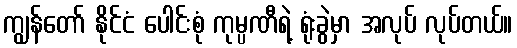
ကျွန်တော် နိုင်ငံ ပေါင်းစုံ ကုမ္ပဏီရဲ့ ရုံးခွဲမှာ အလုပ် လုပ်တယ်။